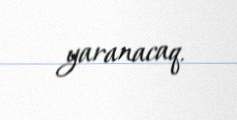
yaranacaq.